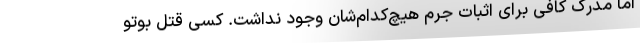
اما مدرک کافی برای اثبات جرم هیچ‌کدام‌شان وجود نداشت. کسی قتل بوتو